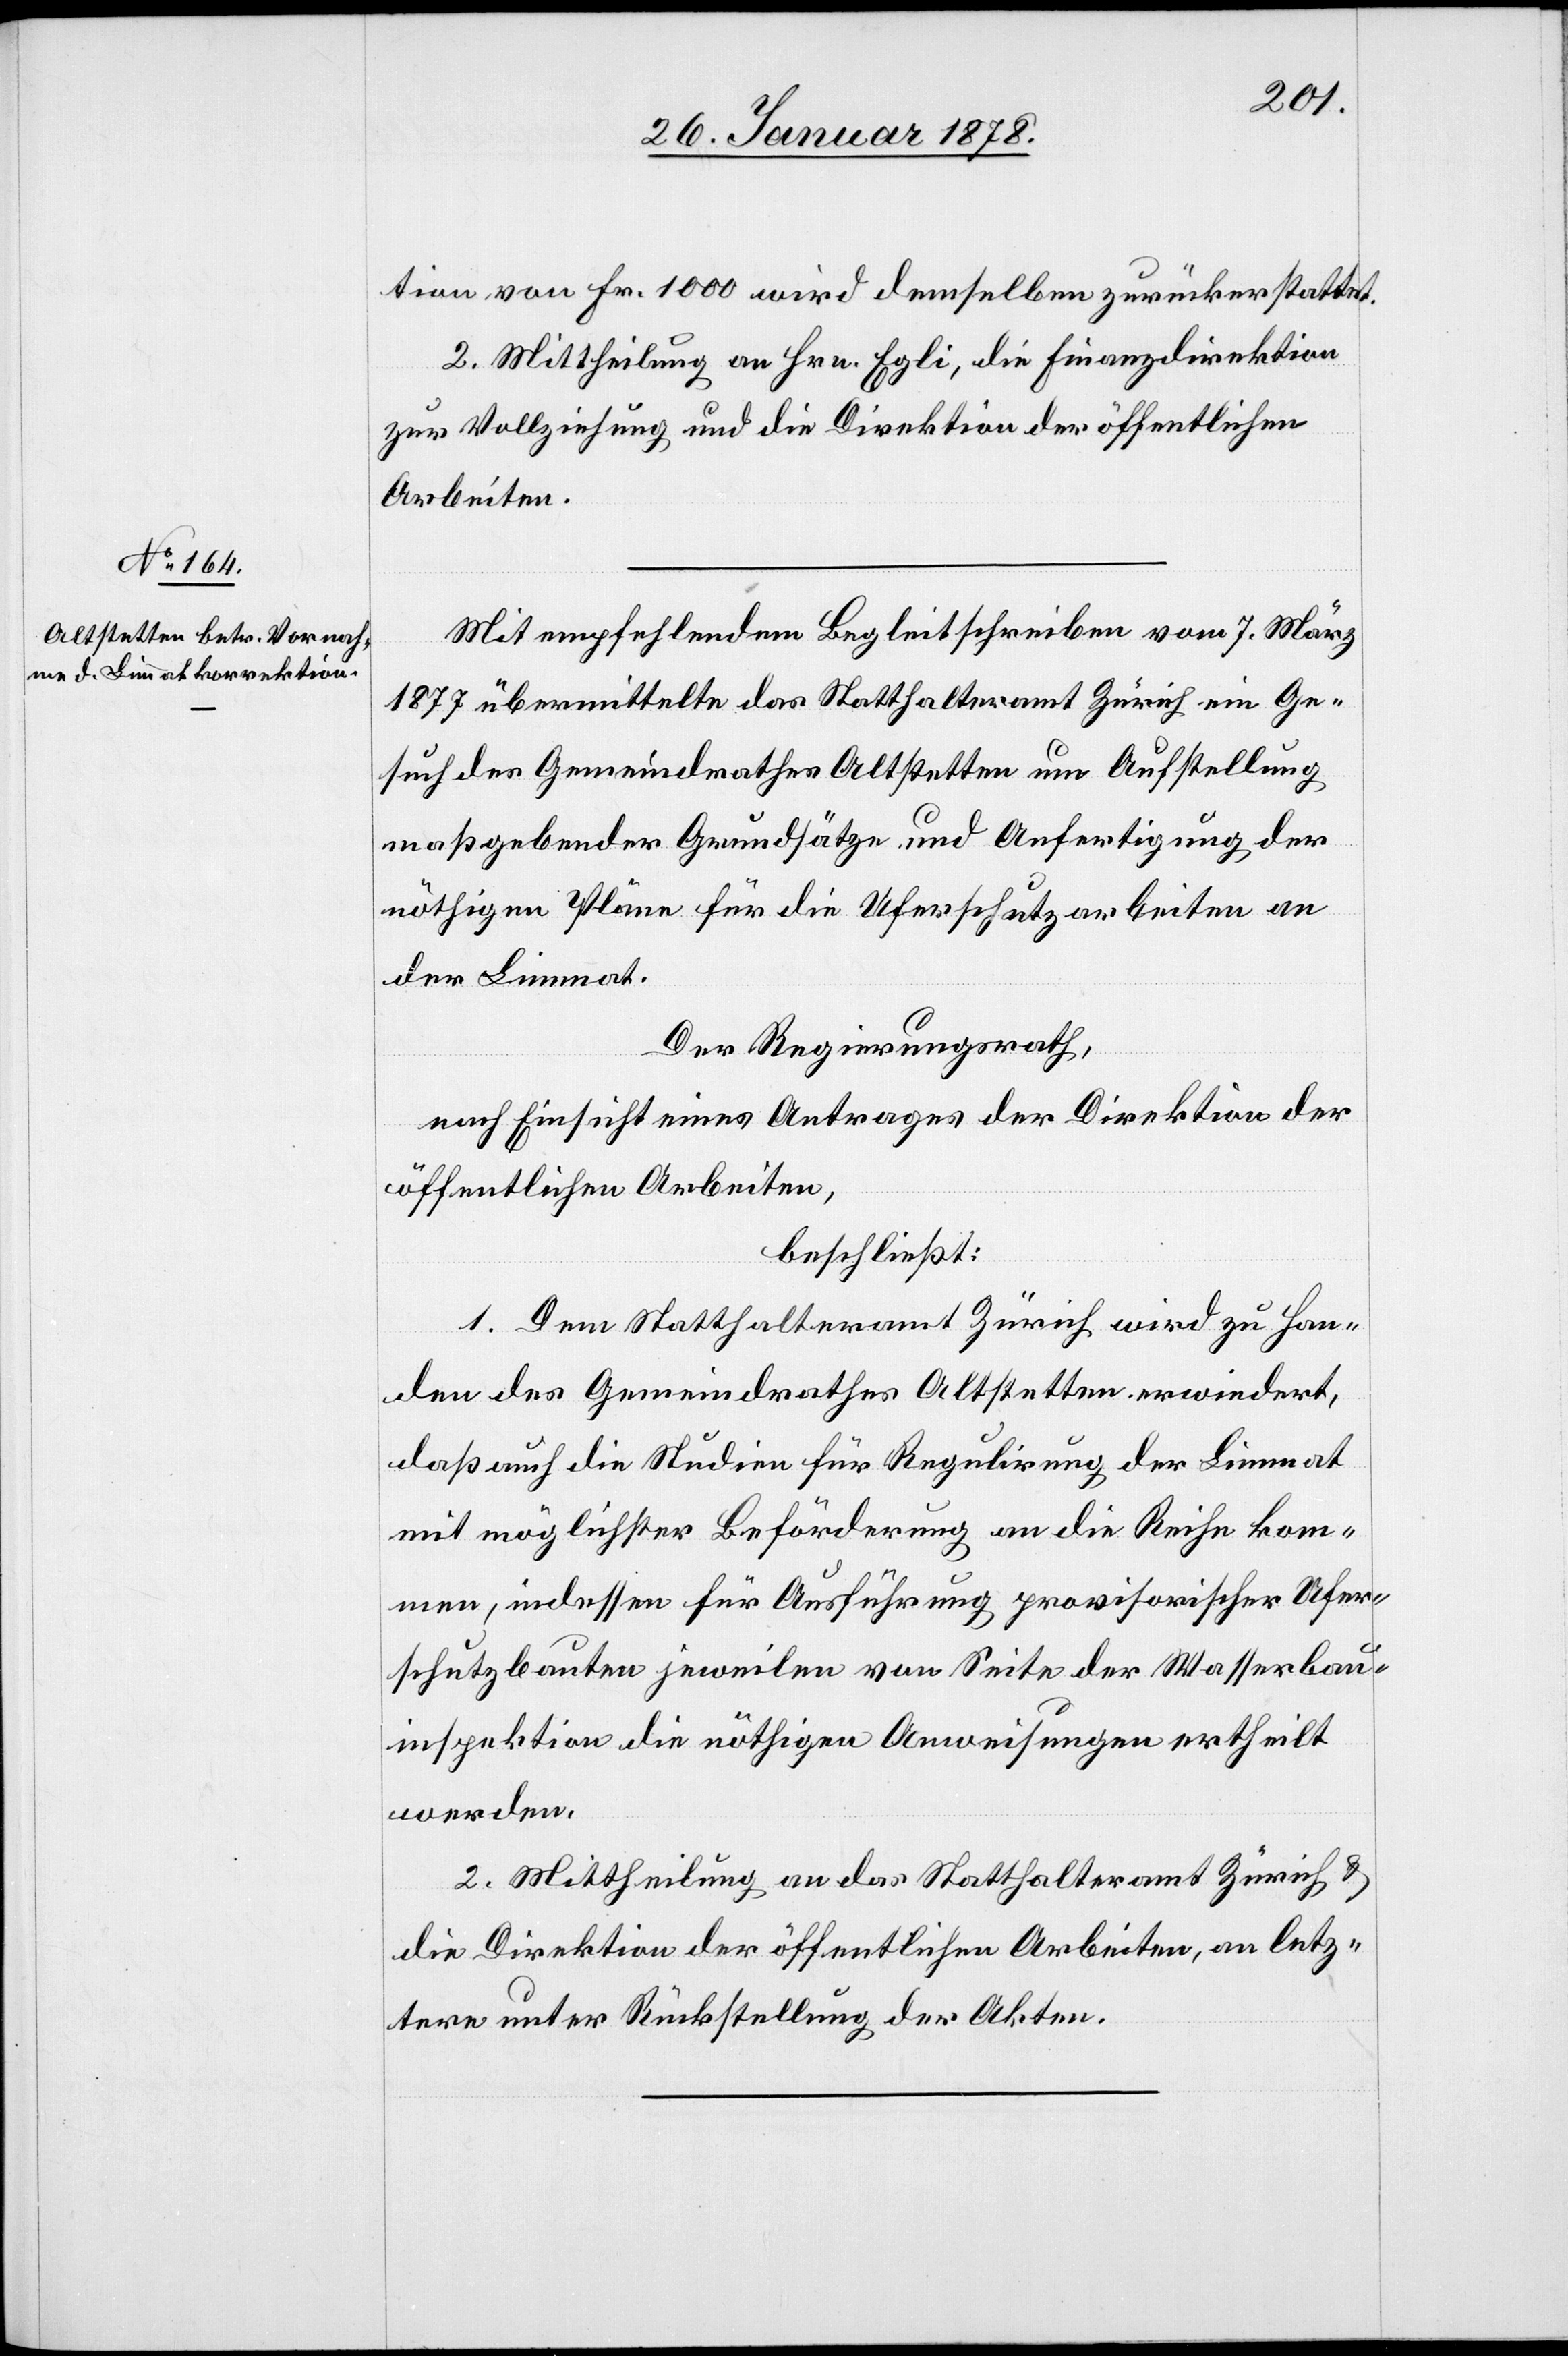
tion von Fr. 1000 wird demselben zurückerstattet.
2. Mittheilung an Hrn. Egli, die Finanzdirektion
zur Vollziehung und die Direktion der öffentlichen
Arbeiten.
Mit empfehlendem Begleitschreiben vom 7. März
1877 übermittelte das Statthalteramt Zürich ein Ge¬
such des Gemeindrathes Altstetten um Aufstellung
maßgebender Grundsätze und Anfertigung der
nöthigen Pläne für die Uferschutzarbeiten an
der Limmat.
Der Regierungsrath,
nach Einsicht eines Antrages der Direktion der
öffentlichen Arbeiten,
beschließt:
1. Dem Statthalteramt Zürich wird zu Han¬
den des Gemeindrathes Altstetten erwiedert,
daß auch die Studien für Regulirung der Limmat
mit möglichster Beförderung an die Reihe kom¬
men, indessen für Ausführung provisorischer Ufer¬
schutzbauten jeweilen von Seite der Wasserbau¬
inspektion die nöthigen Anweisungen ertheilt
werden.
2. Mittheilung an das Statthalteramt Zürich &
die Direktion der öffentlichen Arbeiten, an letz¬
tere unter Rückstellung der Akten.